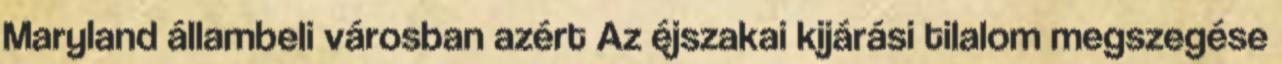
Maryland állambeli városban azért Az éjszakai kijárási tilalom megszegése